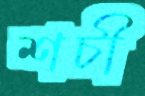
শচী